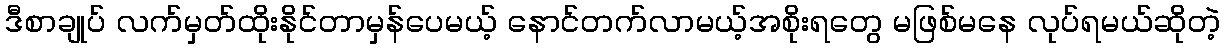
ဒီစာချုပ် လက်မှတ်ထိုးနိုင်တာမှန်ပေမယ့် နောင်တက်လာမယ့်အစိုးရတွေ မဖြစ်မနေ လုပ်ရမယ်ဆိုတဲ့